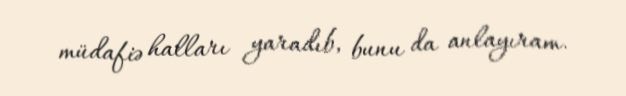
müdafiə halları yaradıb, bunu da anlayıram.